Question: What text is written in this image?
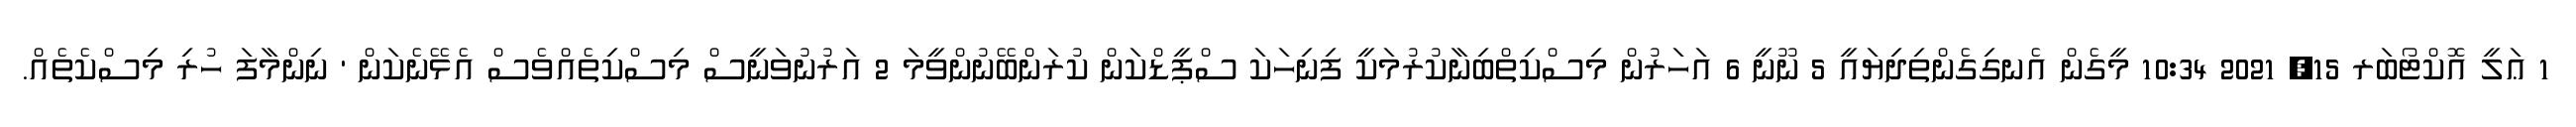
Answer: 1 ޢަލީ އޮކްޓޯބަރ 15, 2021 10:34 މީގެން އެނގިގެންތިދިޔައީ 5 ނޫނީ 6 އަހަރުން މިސްކިތްބިނާކުރުމަކީ ފިނިހަކަ ސްޕީޑްކަން ކުރަންބޭނުންވީމަ 2 އަރުނުވަނީސް މިސްކިތެއްވެސް އެޅޭނެކަން ' ނިންމާފަ ހުރި މިސްކެތެއް.